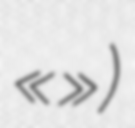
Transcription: «Боротьба»)